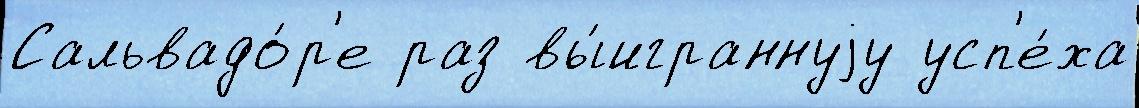
Сальвадо́р'е раз вы́играннуjу усп'е́ха